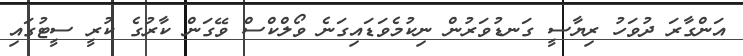
އަންގާރަ ދުވަހު ރިޔާސީ ގަނޑުވަރުން ނިކުމެވަޑައިގަނެ ވޯލްކްސް ވޭގަން ކާރުގެ ކުރީ ސީޓުގައި